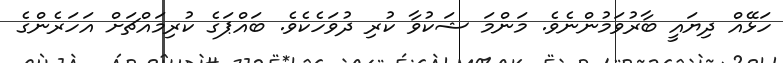
ހަޅޭއް ދިޔައީ ބާރުވަމުންނެވެ. މަންމަ ޝަކުވާ ކުރި ދުވަހެކެވެ. ބައްޕަގެ ކުރިމައްޗަށް އަހަރެންގެ